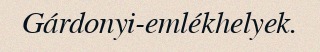
Gárdonyi-emlékhelyek.